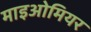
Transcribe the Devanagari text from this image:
माइओमियर